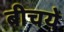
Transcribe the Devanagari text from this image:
बीचये